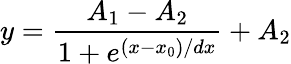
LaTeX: y=\frac{A_{1}-A_{2}}{1+e^{(x-x_{0})/dx}}+A_{2}